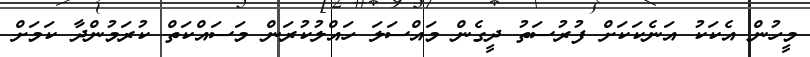
މީހުން އެކަކު އަނެކަކަށް ފުރުސަތު ދީގެން މައްސަލަ ހައްލުކުރަން މަސައްކަތް ކުރަމުންދާ ކަމަށް